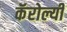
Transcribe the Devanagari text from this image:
कॅरोल्यी